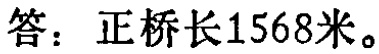
答：正桥长1568米。